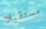
مستقبلا